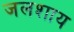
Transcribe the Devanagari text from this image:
जलशाय